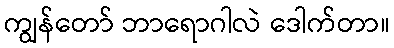
ကျွန်တော် ဘာရောဂါလဲ ဒေါက်တာ။